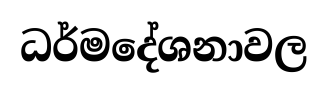
ධර්මදේශනාවල